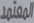
المعتمد